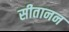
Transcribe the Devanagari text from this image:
सीतानन